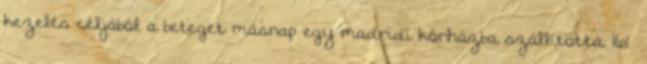
kezelés céljából a beteget másnap egy madridi kórházba szállította. 161